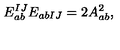
E _ { a b } ^ { I J } E _ { a b I J } = 2 A _ { a b } ^ { 2 } ,